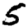
Digit: 5